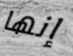
إنها